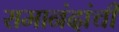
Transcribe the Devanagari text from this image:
रामानंदांची